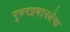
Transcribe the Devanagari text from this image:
पुरुषप्रधानतेचा